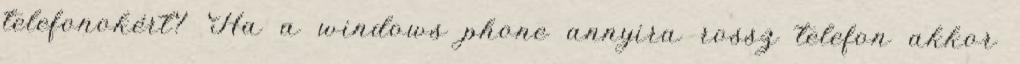
telefonokért? Ha a windows phone annyira rossz telefon akkor